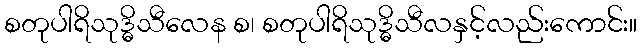
စတုပါရိသုဒ္ဓိသီလေန စ၊ စတုပါရိသုဒ္ဓိသီလနှင့်လည်းကောင်း။